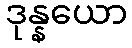
ဒုန္နယော